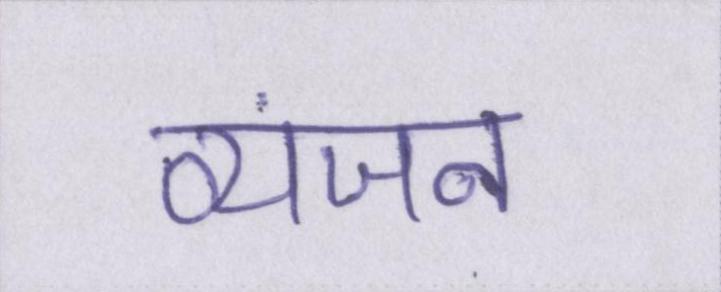
व्यंजन